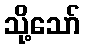
သို့သော်